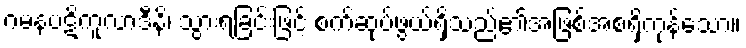
ဂမနပဋိကူလာဒီနိ၊ သွားရခြင်းဖြင့် စက်ဆုပ်ဖွယ်ရှိသည်၏အဖြစ်အစရှိကုန်သော။